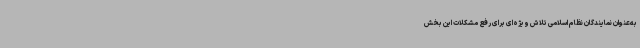
به‌عنوان نمایندگان نظام اسلامی تلاش ویژه‌ای برای رفع مشکلات این بخش